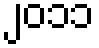
၂၀၁၁